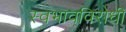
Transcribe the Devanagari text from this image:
स्वभावविरोधी